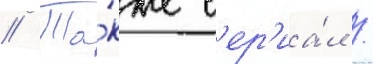
// Та́кже с'ер'иа́л /